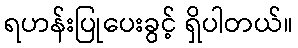
ရဟန်းပြုပေးခွင့် ရှိပါတယ်။